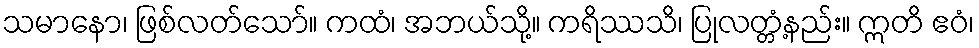
သမာနော၊ ဖြစ်လတ်သော်။ ကထံ၊ အဘယ်သို့။ ကရိဿသိ၊ ပြုလတ္တံ့နည်း။ ဣတိ ဧဝံ၊